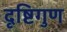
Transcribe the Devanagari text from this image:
दृष्टिगुण